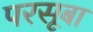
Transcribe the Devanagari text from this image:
परसूबा